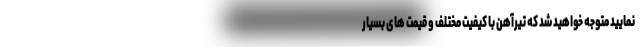
نمایید متوجه خواهید شد که تیرآهن با کیفیت مختلف و قیمت های بسیار